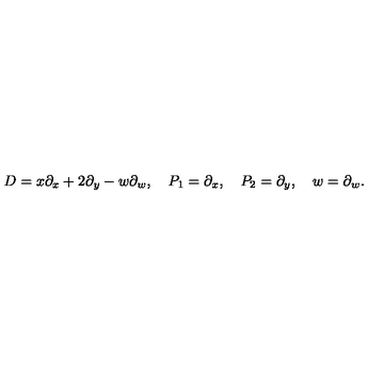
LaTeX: D = x \partial _ { x } + 2 \partial _ { y } - w \partial _ { w } , \quad P _ { 1 } = \partial _ { x } , \quad P _ { 2 } = \partial _ { y } , \quad w = \partial _ { w } .